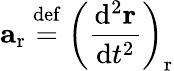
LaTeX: \mathbf{a}_{\mathrm{r}}\ {\stackrel{\mathrm{def}}{=}}\ \left({\frac{\mathrm{d}^{2}\mathbf{r}}{\mathrm{d}t^{2}}}\right)_{\mathrm{r}}